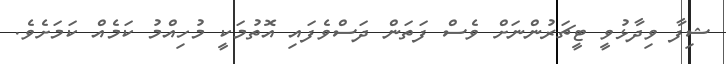
ޝިފާ ވިދާޅުވީ ޓީޗަރުންނަށް ވެސް ފަތަން ދަސްވެފައި އޮތުމަކީ މުހިއްމު ކަމެއް ކަމަށެވެ.